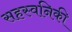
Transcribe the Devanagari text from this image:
सहस्वनिकी